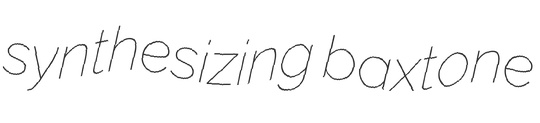
synthesizing baxtone